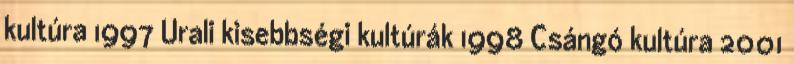
kultúra 1997 Urali kisebbségi kultúrák 1998 Csángó kultúra 2001